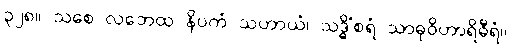
၃၂၈။ သစေ လဘေထ နိပကံ သဟာယံ၊ သဒ္ဓိံစရံ သာဓုဝိဟာရိဓီရံ။